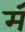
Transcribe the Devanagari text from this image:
म॔